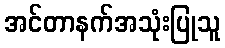
အင်တာနက်အသုံးပြုသူ